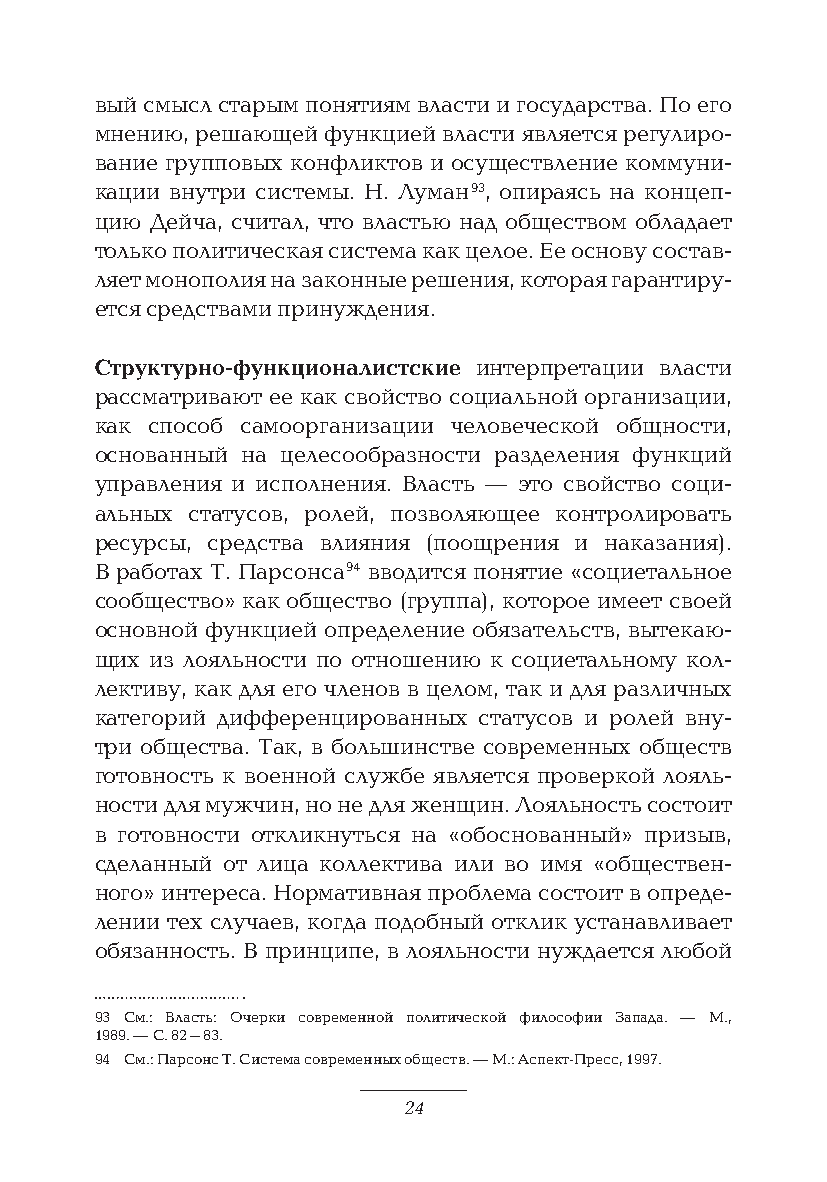
вый смысл старым понятиям власти и государства. По его
 мнению, решающей функцией власти является регулиро-
 вание групповых конфликтов и осуществление коммуни-
 кации внутри системы. Н. Луман 93, опираясь на концеп-
 цию Дейча, считал, что властью над обществом обладает
 только политическая система как целое. Ее основу состав-
 ляет монополия на законные решения, которая гарантиру-
 ется средствами принуждения.
 Структурно-функционалистские интерпретации власти
 рассматривают ее как свойство социальной организации,
 как способ самоорганизации человеческой общности,
 основанный на целесообразности разделения функций
 управления и исполнения. Власть — это свойство соци-
 альных статусов, ролей, позволяющее контролировать
 ресурсы, средства влияния (поощрения и наказания).
 В работах Т. Парсонса 94 вводится понятие «социетальное
 сообщество» как общество (группа), которое имеет своей
 основной функцией определение обязательств, вытекаю-
 щих из лояльности по отношению к социетальному кол-
 лективу, как для его членов в целом, так и для различных
 категорий дифференцированных статусов и ролей вну-
 три общества. Так, в большинстве современных обществ
 готовность к военной службе является проверкой лояль-
 ности для мужчин, но не для женщин. Лояльность состоит
 в готовности откликнуться на «обоснованный» призыв,
 сделанный от лица коллектива или во имя «обществен-
 ного» интереса. Нормативная проблема состоит в опреде-
 лении тех случаев, когда подобный отклик устанавливает
 обязанность. В принципе, в лояльности нуждается любой
 93 См.: Власть: Очерки современной политической философии Запада. — М.,
 1989. — С. 82–83.
 94 См.: Парсонс Т. Система современных обществ. — М.: Аспект-Пресс, 1997.
 24